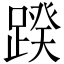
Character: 䠏